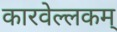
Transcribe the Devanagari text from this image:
कारवेल्लकम्‌